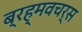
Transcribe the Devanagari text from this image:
ब्रह्मवचर्स